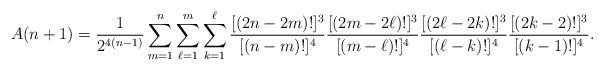
LaTeX: \begin{align*}A(n+1)={}&\frac{1}{2^{4(n-1)}}\sum_{m=1}^{n} \sum_{\ell=1}^{m}\sum_{k=1}^{\ell} \frac{ [(2 n-2m)!]^3}{ [(n-m)!]^4}\frac{ [(2 m-2\ell)!]^3}{ [(m-\ell)!]^4}\frac{ [(2 \ell-2k)!]^3}{ [( \ell-k)!]^4}\frac{ [(2k-2)!]^3}{ [(k-1)!]^4}.\end{align*}